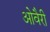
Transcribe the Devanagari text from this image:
ओवैरी